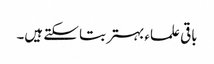
باقی علماء بہتر بتا سکتے ہیں۔